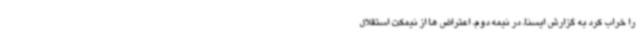
را خراب کرد به گزارش ایسنا، در نیمه دوم، اعتراض ها از نیمکت استقلال